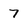
Character: 7